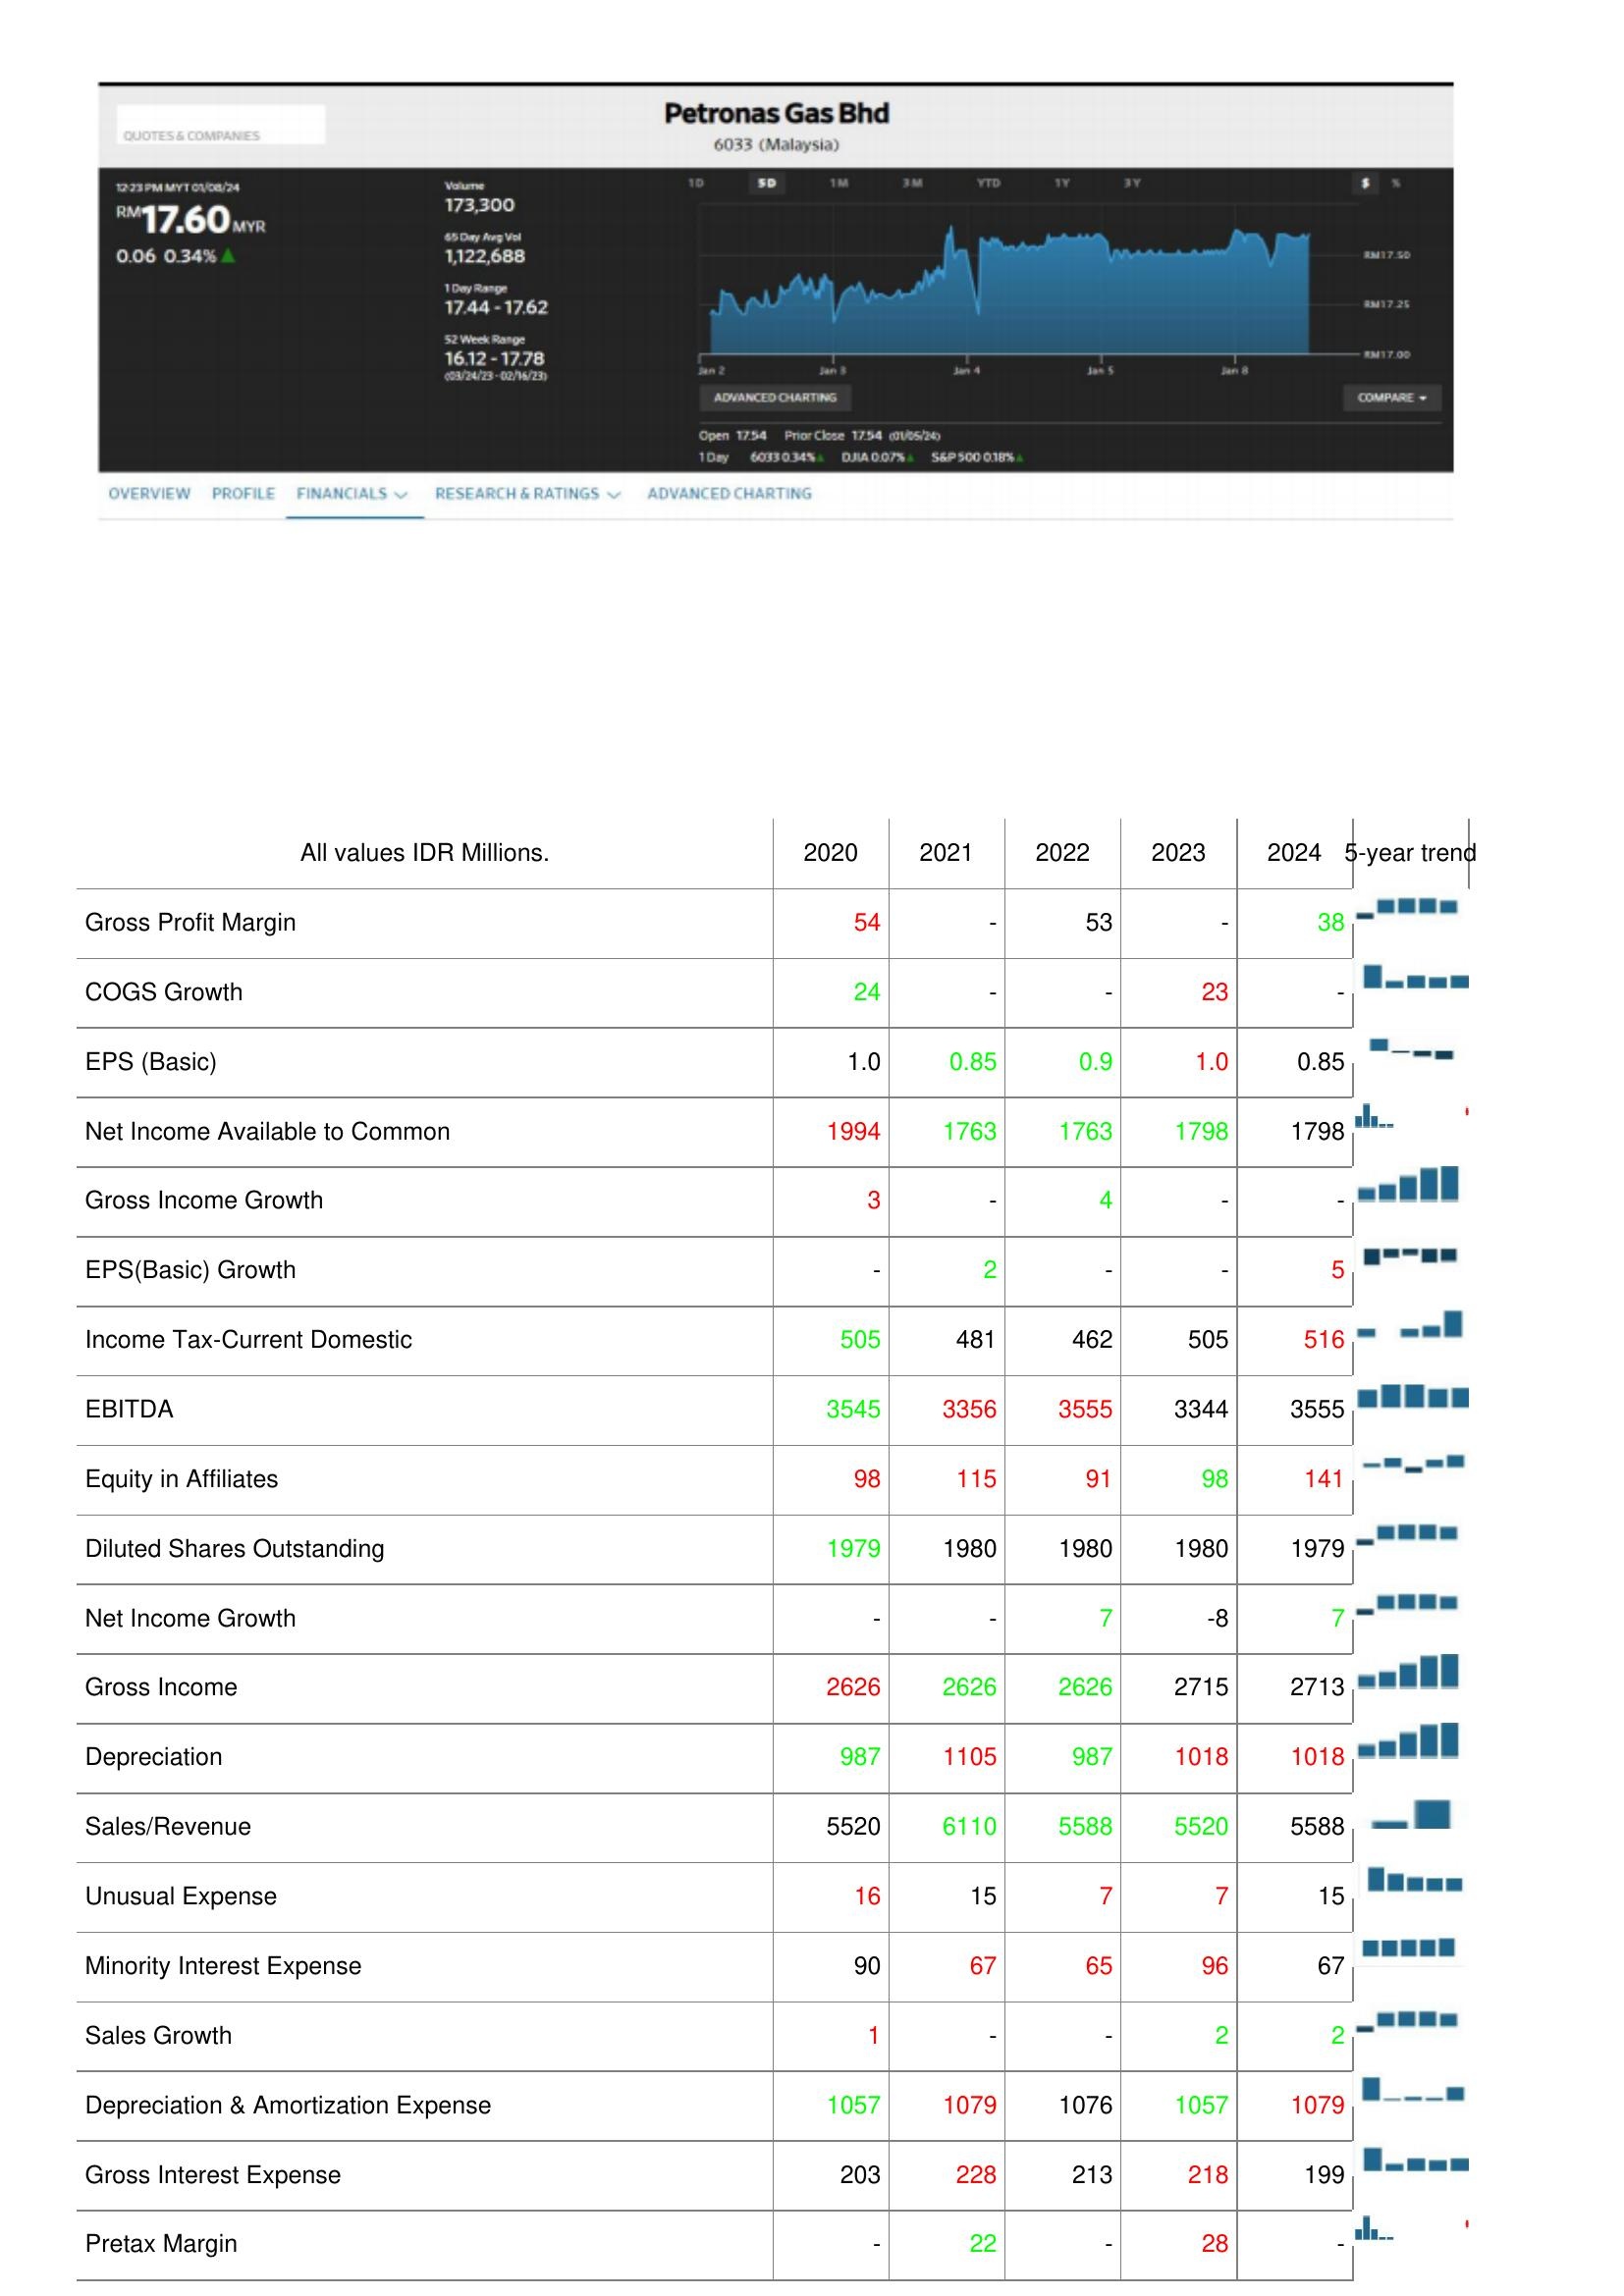
2020: : Gross Profit Margin: 54
COGS Growth: 24
EPS (Basic): 1.0
Net Income Available to Common: 1994
Gross Income Growth: 3
EPS(Basic) Growth: -
Income Tax-Current Domestic: 505
EBITDA: 3545
Equity in Affiliates: 98
Diluted Shares Outstanding: 1979
Net Income Growth: -
Gross Income: 2626
Depreciation: 987
Sales/Revenue: 5520
Unusual Expense: 16
Minority Interest Expense: 90
Sales Growth: 1
Depreciation & Amortization Expense: 1057
Gross Interest Expense: 203
Pretax Margin: -
2021: : Gross Profit Margin: -
COGS Growth: -
EPS (Basic): 0.85
Net Income Available to Common: 1763
Gross Income Growth: -
EPS(Basic) Growth: 2
Income Tax-Current Domestic: 481
EBITDA: 3356
Equity in Affiliates: 115
Diluted Shares Outstanding: 1980
Net Income Growth: -
Gross Income: 2626
Depreciation: 1105
Sales/Revenue: 6110
Unusual Expense: 15
Minority Interest Expense: 67
Sales Growth: -
Depreciation & Amortization Expense: 1079
Gross Interest Expense: 228
Pretax Margin: 22
2022: : Gross Profit Margin: 53
COGS Growth: -
EPS (Basic): 0.9
Net Income Available to Common: 1763
Gross Income Growth: 4
EPS(Basic) Growth: -
Income Tax-Current Domestic: 462
EBITDA: 3555
Equity in Affiliates: 91
Diluted Shares Outstanding: 1980
Net Income Growth: 7
Gross Income: 2626
Depreciation: 987
Sales/Revenue: 5588
Unusual Expense: 7
Minority Interest Expense: 65
Sales Growth: -
Depreciation & Amortization Expense: 1076
Gross Interest Expense: 213
Pretax Margin: -
2023: : Gross Profit Margin: -
COGS Growth: 23
EPS (Basic): 1.0
Net Income Available to Common: 1798
Gross Income Growth: -
EPS(Basic) Growth: -
Income Tax-Current Domestic: 505
EBITDA: 3344
Equity in Affiliates: 98
Diluted Shares Outstanding: 1980
Net Income Growth: -8
Gross Income: 2715
Depreciation: 1018
Sales/Revenue: 5520
Unusual Expense: 7
Minority Interest Expense: 96
Sales Growth: 2
Depreciation & Amortization Expense: 1057
Gross Interest Expense: 218
Pretax Margin: 28
2024: : Gross Profit Margin: 38
COGS Growth: -
EPS (Basic): 0.85
Net Income Available to Common: 1798
Gross Income Growth: -
EPS(Basic) Growth: 5
Income Tax-Current Domestic: 516
EBITDA: 3555
Equity in Affiliates: 141
Diluted Shares Outstanding: 1979
Net Income Growth: 7
Gross Income: 2713
Depreciation: 1018
Sales/Revenue: 5588
Unusual Expense: 15
Minority Interest Expense: 67
Sales Growth: 2
Depreciation & Amortization Expense: 1079
Gross Interest Expense: 199
Pretax Margin: -